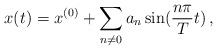
\begin{align*}x(t) = x^{(0)} + \sum_{n\neq 0} a_n \sin (\frac{n\pi}{T} t)\,,\end{align*}